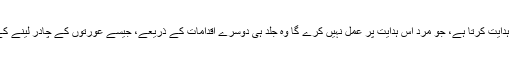
وہ مردوں کو عورتوں سے پہلے نگاہیں نیچے رکھنے کی ہدایت کرتا ہے، جو مرد اس ہدایت پر عمل نہیں کرے گا وہ جلد ہی دوسرے اقدامات کے ذریعے، جیسے عورتوں کے چادر لینے کے بعد، سب کے سامنے آ جائے گا اور سخت سزا پائے گا۔